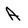
Character: A